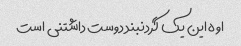
اوه این یک گردنبند دوست داشتنی است